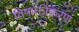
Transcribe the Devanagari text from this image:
विषाक्तीकरण